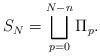
LaTeX: \begin{align*} S_N=\bigsqcup_{p=0}^{N-n}\Pi_p.\end{align*}